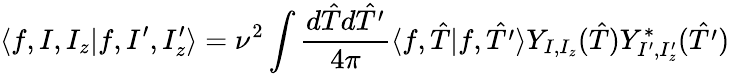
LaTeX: \langle f,I,I_{z}|f,I^{\prime},I_{z}^{\prime}\rangle=\nu^{2}\int\frac{d\hat{T}d\hat{T^{\prime}}}{4\pi}\langle f,\hat{T}|f,\hat{T^{\prime}}\rangle Y_{I,I_{z}}(\hat{T})Y_{I^{\prime},I_{z}^{\prime}}^{\ast}(\hat{T^{\prime}})